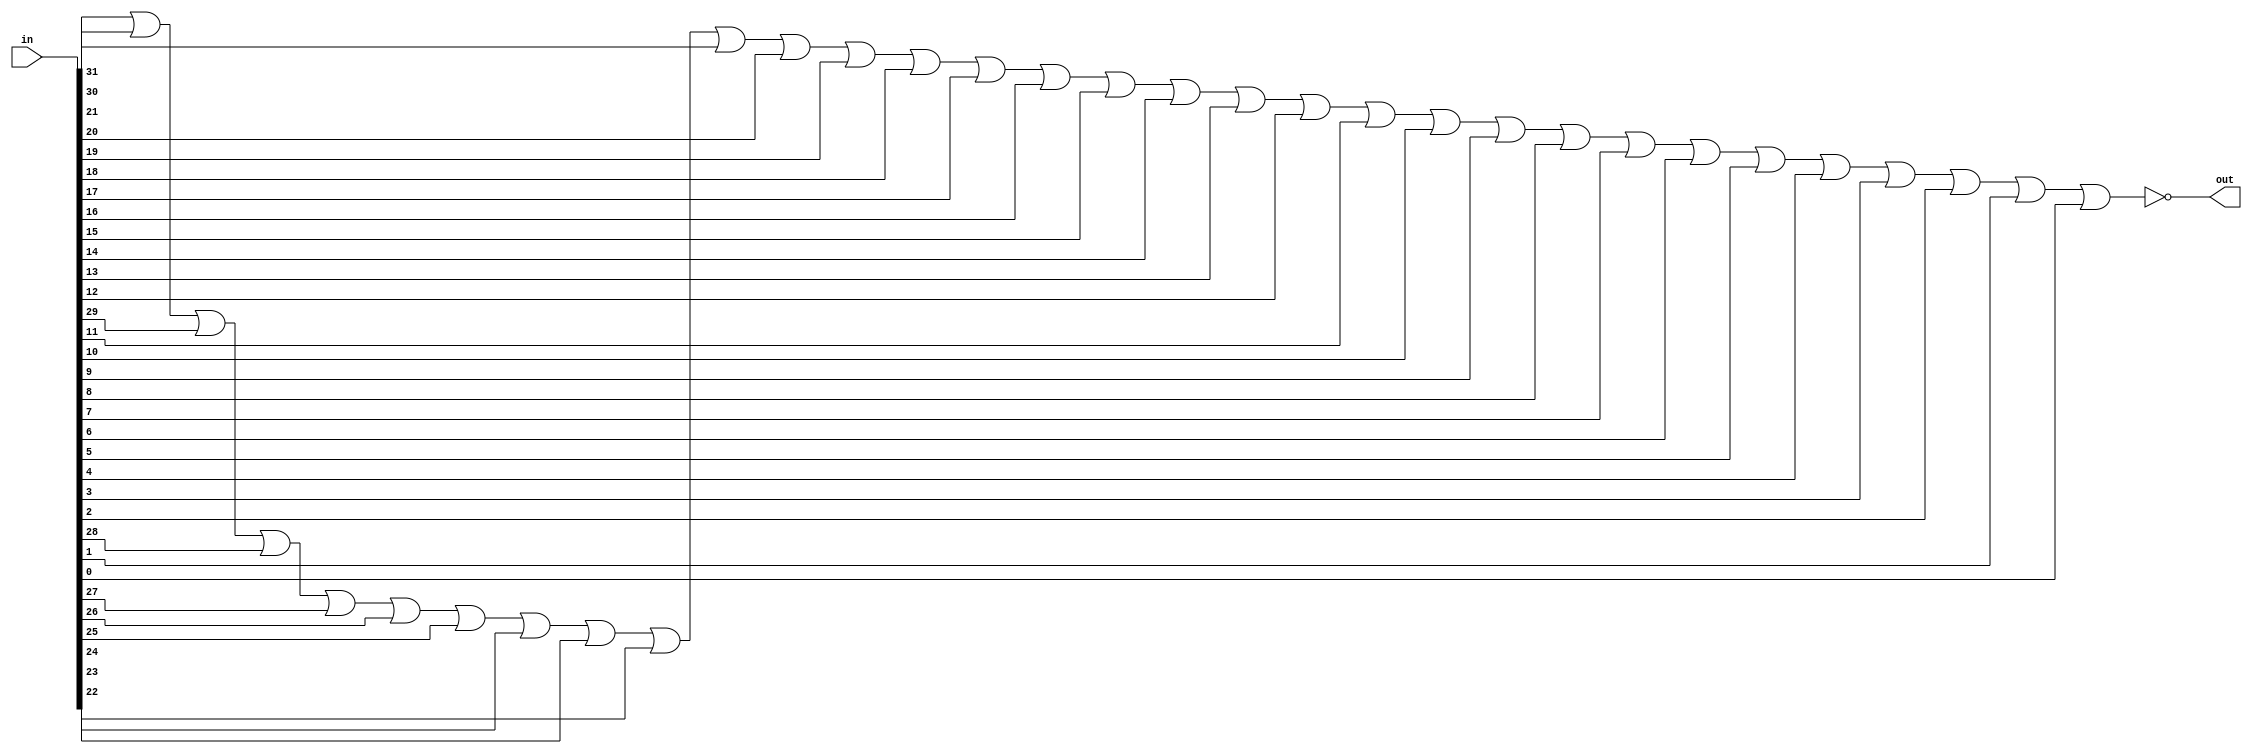
module nor32(out,in);

input [31:0] in;
output out;

nor n1(out,
in[31],
in[30],
in[29],
in[28],
in[27],
in[26],
in[25],
in[24],
in[23],
in[22],
in[21],
in[20],
in[19],
in[18],
in[17],
in[16],
in[15],
in[14],
in[13],
in[12],
in[11],
in[10],
in[9],
in[8],
in[7],
in[6],
in[5],
in[4],
in[3],
in[2],
in[1],
in[0]
);

endmodule